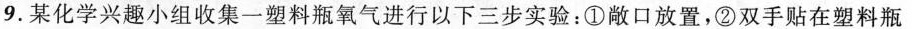
9.某化学兴趣小组收集一塑料瓶氧气进行以下三步实验：①敞口放置，②双手贴在塑料瓶